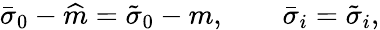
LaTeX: \bar{\sigma}_{0}-\widehat{m}=\tilde{\sigma}_{0}-m,\qquad\bar{\sigma}_{i}=\tilde{\sigma}_{i},